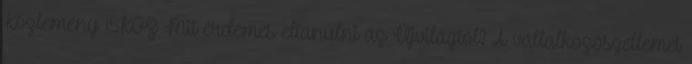
Közlemény 15KOZ Mit érdemes eltanulni az Újvilágtól? A vállalkozószellemet